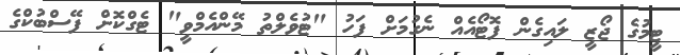
ޓީމުގެ ޖޯޒީ ލައިގެން ފޮޓޯއެއް ނެގުމަށް ފަހު "ޓުވެލްތު މޭންއެމްވީ" ޓެގްކޮށް ފޭސްބުކްގެ